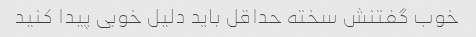
خوب گفتنش سخته حداقل باید دلیل خوبی پیدا کنید